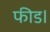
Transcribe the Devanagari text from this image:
फीड।